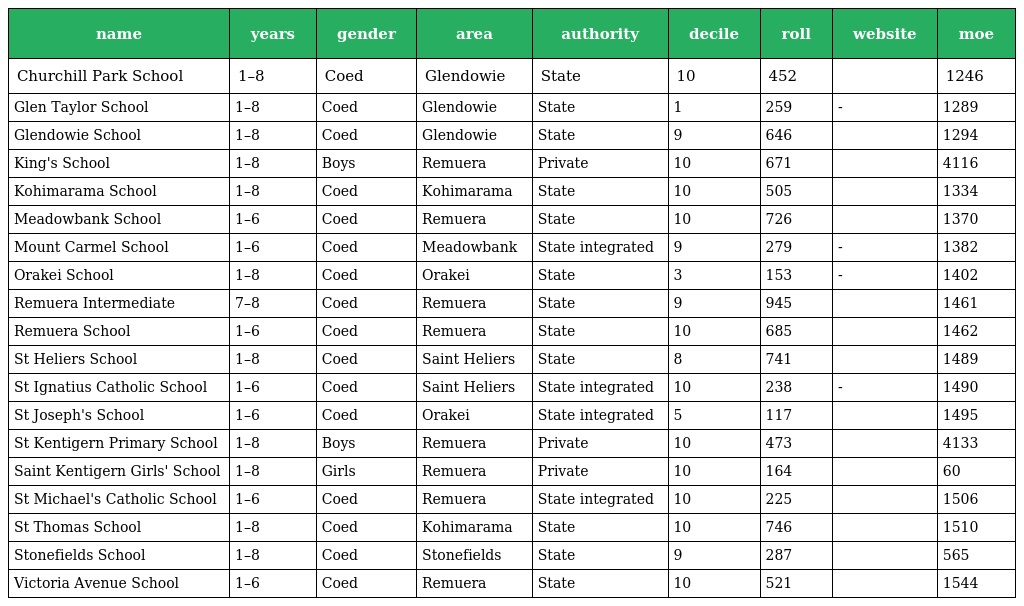
| name | years | gender | area | authority | decile | roll | website | moe |
 | --- | --- | --- | --- | --- | --- | --- | --- | --- |
 | Churchill Park School | 1–8 | Coed | Glendowie | State | 10 | 452 |  | 1246 |
 | Glen Taylor School | 1–8 | Coed | Glendowie | State | 1 | 259 | - | 1289 |
 | Glendowie School | 1–8 | Coed | Glendowie | State | 9 | 646 |  | 1294 |
 | King's School | 1–8 | Boys | Remuera | Private | 10 | 671 |  | 4116 |
 | Kohimarama School | 1–8 | Coed | Kohimarama | State | 10 | 505 |  | 1334 |
 | Meadowbank School | 1–6 | Coed | Remuera | State | 10 | 726 |  | 1370 |
 | Mount Carmel School | 1–6 | Coed | Meadowbank | State integrated | 9 | 279 | - | 1382 |
 | Orakei School | 1–8 | Coed | Orakei | State | 3 | 153 | - | 1402 |
 | Remuera Intermediate | 7–8 | Coed | Remuera | State | 9 | 945 |  | 1461 |
 | Remuera School | 1–6 | Coed | Remuera | State | 10 | 685 |  | 1462 |
 | St Heliers School | 1–8 | Coed | Saint Heliers | State | 8 | 741 |  | 1489 |
 | St Ignatius Catholic School | 1–6 | Coed | Saint Heliers | State integrated | 10 | 238 | - | 1490 |
 | St Joseph's School | 1–6 | Coed | Orakei | State integrated | 5 | 117 |  | 1495 |
 | St Kentigern Primary School | 1–8 | Boys | Remuera | Private | 10 | 473 |  | 4133 |
 | Saint Kentigern Girls' School | 1–8 | Girls | Remuera | Private | 10 | 164 |  | 60 |
 | St Michael's Catholic School | 1–6 | Coed | Remuera | State integrated | 10 | 225 |  | 1506 |
 | St Thomas School | 1–8 | Coed | Kohimarama | State | 10 | 746 |  | 1510 |
 | Stonefields School | 1–8 | Coed | Stonefields | State | 9 | 287 |  | 565 |
 | Victoria Avenue School | 1–6 | Coed | Remuera | State | 10 | 521 |  | 1544 |